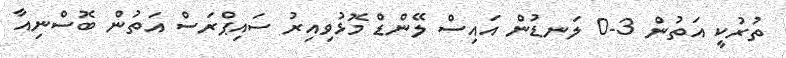
ތުރުކީ އަތުން 3-0 ލަނޑުން އައިސް ލޭންޑް މޮޅުވިއިރު ސައިޕްރަސް އަތުން ބޮސްނިއާ